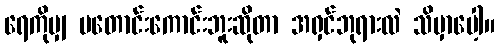
ရေကိုမျှ မတောင်းကောင်းဘူးဆိုတာ အရှင်ဘုရားလဲ သိမှာပေါ့။